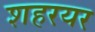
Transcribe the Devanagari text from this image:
शहरयर